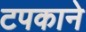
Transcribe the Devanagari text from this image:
टपकाने